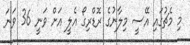
މި މެޗުގައި އޭސީ މިލާނުގެ ރޮޑްރިގޯ އެލީ އަށް ވަނީ 36 ވަނަ